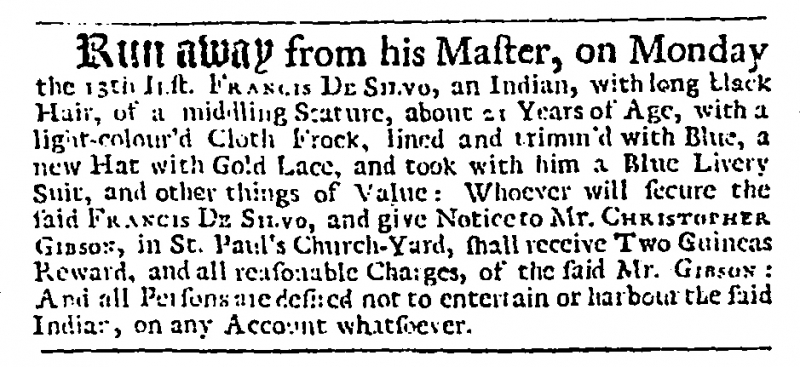
Daily Journal, 14 March 1732 (England)
Run away from his Master, on Monday the 13th Inst. FRANCIS DE SILVO, an Indian, with long black Hair, of a middling Stature, about 21 Years of Age, with a light-colour’d Cloth Frock, lined and trimm’d with Blue, a new Hat with Gold Lace, and took with him a Blue Livery Suit, and other things of Value: Whoever will secure the said FRANCIS DE SILVO, and give Notice to Mr. CHRISTOPHER GIBSON, in St. Paul’s Church-Yard, shall receive Two Guineas Reward, and all reasonable Charges, of the said Mr. GIBSON: And all Persons are desired not to entertain or harbour the said Indian, on any Account whatsoever.